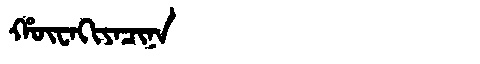
Manchu: ᡥᡡᠸᠠᡴᡳᠶᠠᠴᡳᠨᠠ
Romanization: HŪWAKIYACINA